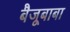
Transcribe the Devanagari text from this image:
बैजूबाबा